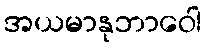
အယမာနုဘာဝေါ